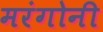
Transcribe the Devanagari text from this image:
मरंगोनी